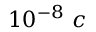
1 0 ^ { - 8 } ~ c